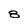
Character: 8